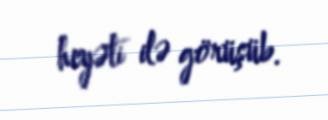
heyəti ilə görüşüb.